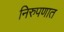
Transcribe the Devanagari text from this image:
निरुपणात